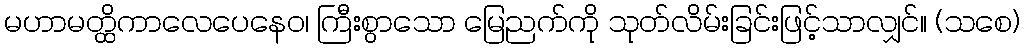
မဟာမတ္ထိကာလေပေနေဝ၊ ကြီးစွာသော မြေညက်ကို သုတ်လိမ်းခြင်းဖြင့်သာလျှင်။ (သစေ)